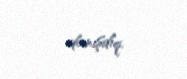
danışdıq.